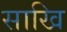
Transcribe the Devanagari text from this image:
साखि